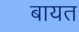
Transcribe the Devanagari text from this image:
बायत